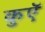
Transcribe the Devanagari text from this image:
कुएॅ